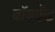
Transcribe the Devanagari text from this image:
बॉयफ़्रेंड